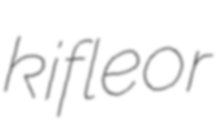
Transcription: kifle or